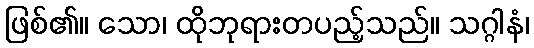
ဖြစ်၏။ သော၊ ထိုဘုရားတပည့်သည်။ သဂ္ဂါနံ၊